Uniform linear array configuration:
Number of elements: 32
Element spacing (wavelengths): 0.75
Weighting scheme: cosine
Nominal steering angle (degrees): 45
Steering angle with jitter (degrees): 45.337
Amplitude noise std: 0.05
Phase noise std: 0.05

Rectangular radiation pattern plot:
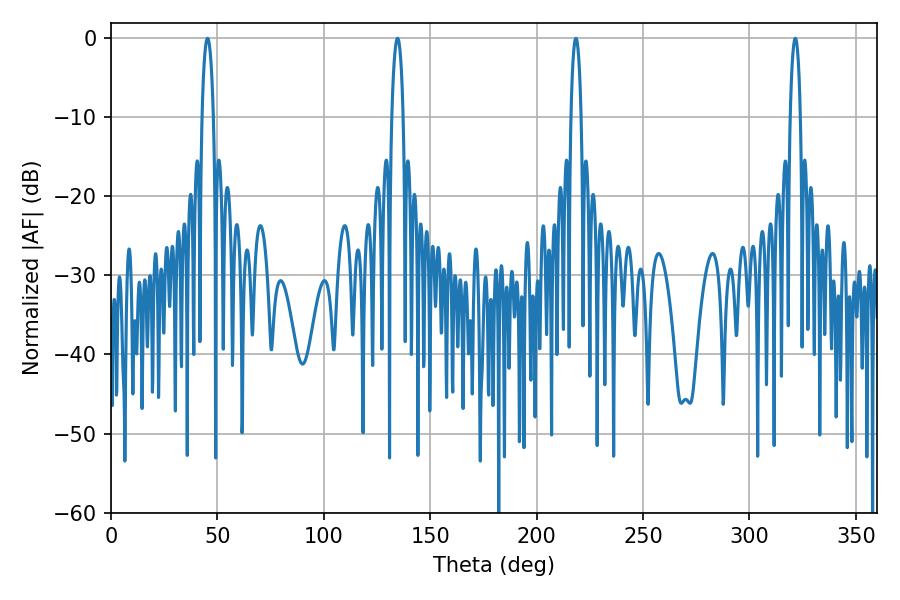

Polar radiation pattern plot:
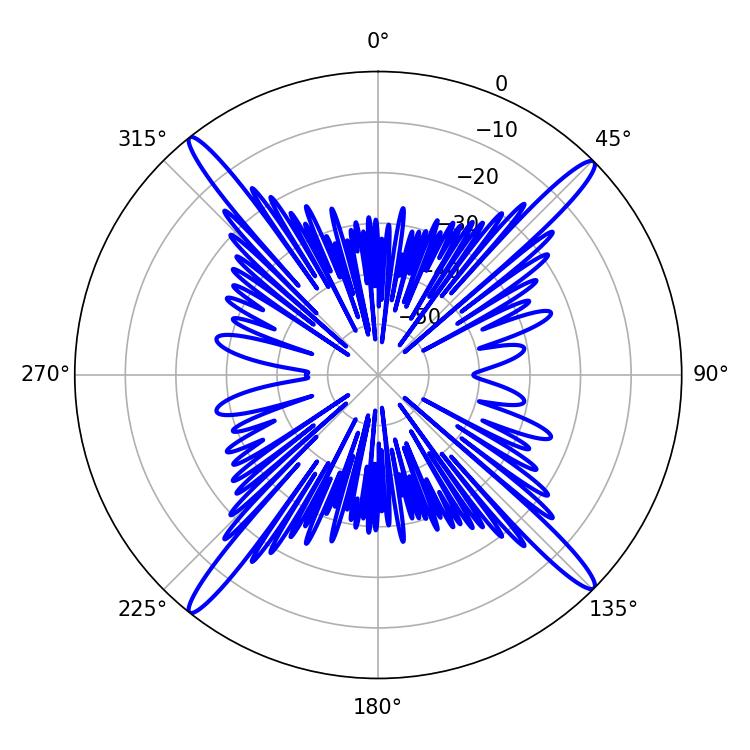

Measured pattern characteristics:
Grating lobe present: TRUE
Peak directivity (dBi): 20.384
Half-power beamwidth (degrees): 2.88
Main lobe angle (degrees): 45.36